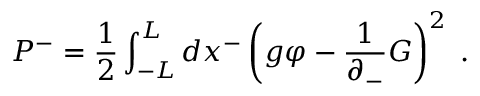
P ^ { - } = \frac { 1 } { 2 } \int _ { - L } ^ { L } d x ^ { - } \left( g \varphi - \frac { 1 } { \partial _ { - } } G \right) ^ { 2 } \; .